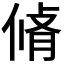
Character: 𠋛